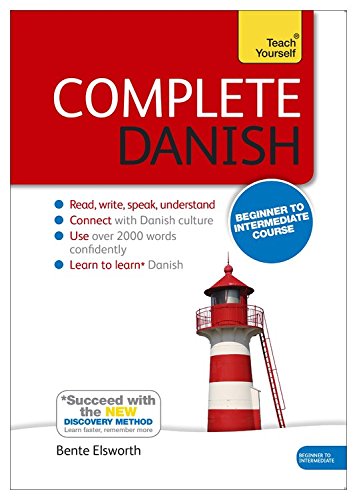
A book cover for Complete Danish Beginner to Intermediate Course: Learn to read, write, speak and understand a new language (Teach Yourself Language); Bente Elsworth; Travel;